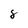
Character: 8